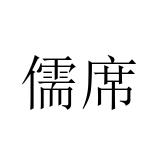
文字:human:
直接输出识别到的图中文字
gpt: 儒席